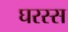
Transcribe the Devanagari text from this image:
घरस्स